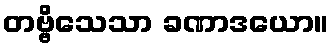
တဗ္ဗိသေသာ ခဏာဒယော။